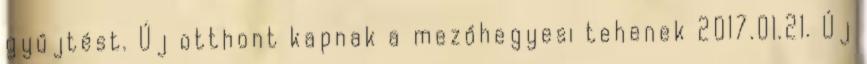
gyűjtést. Új otthont kapnak a mezőhegyesi tehenek 2017.01.21. Új